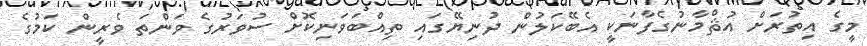
މީގެ އިތުރަށް އުޘްމާނުގެފާނަކީ އެބޭކަލުން ދުނިޔޭގައި ތިއްބަވަނިކޮށް ސުވަރުގެ ވަންތަ ވެރީން ކަމުގެ